Annual administration report of the Civil Veterinary Department of India - 1901-1902
Year: 1901
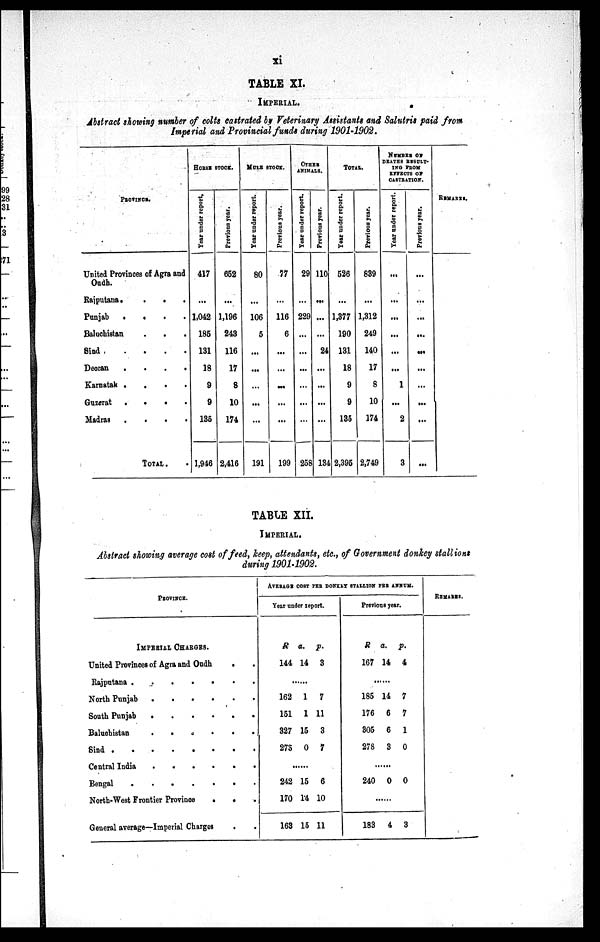
xi
TABLE XI.
IMPERIAL.
Abstract showing number of colts castrated by Veterinary Assistants and Salutris paid from
Imperial and Provincial funds during 1901-1902.
PROVINCE.
United Provinces of Agra and
Oudh.
Rajputana.
. . .
Punjab . . . .
Baluchistan . . .
Sind
.
.
.
.
Deccan
.
.
.
.
Karnatak .
.
.
.
Guzerat
.
.
.
.
Madras
.
.
.
.
TOTAL. .
HORSE STOCK.
Year under report.
417
...
1,042
185
131
18
9
9
135
1,946
Previous Year.
652
...
1,196
243
116
17
8
10
174
2,416
MULE STOCK.
Year under report.
80
...
106
5
...
...
...
...
...
191
Previous year.
77
...
116
6
...
...
...
...
...
199
OTHER
ANIMALS.
Year under report.
29
...
229
...
...
...
...
...
...
258
Previous year.
110
...
...
...
24
...
...
...
...
134
TOTAL.
Year under report.
526
...
1,377
190
131
18
9
9
135
2,395
Previous year.
839
...
1,312
249
140
17
8
10
174
2,749
NUMBER
OF
DEATHS RESULT-
ING FROM
EFPECTS OF
CASTRATION.
Year under report.
...
...
...
...
...
...
1
...
2
3
Previous year.
...
...
...
...
...
...
...
...
...
...
REMARKS.
TABLE XII.
IMPERIAL.
Abstract showing average cost of feed, keep, attendants, etc., of Government donkey stallions
during 1901-1902.
PROVINCE.
IMPERIAL CHARGES.
United Provinces of Agra and Oudh . .
Rajputana
.
.
.
.
.
.
North Punjab
.
.
.
.
.
.
South Punjab
.
.
.
.
.
.
.
Baluchistan
.
.
.
.
.
.
Sind
.
.
.
.
.
.
Central India
.
.
.
.
.
.
Bengal
.
.
.
.
.
.
.
.
.
North-West Frontier Province . . .
General average—Imperial Charges . .
AVERAGE COST PER DONKEY STALLION PER ANNUM.
Year under report.
R
144
a.
14
p.
3
......
162
151
327
273
1
1
15
0
7
11
3
7
......
242
170
163
15
14
15
6
10
11
Previous year.
R
167
a.
14
p.
4
......
185
176
305
278
14
6
6
3
7
7
1
0
......
240
......
183
0
4
0
3
REMARKS.